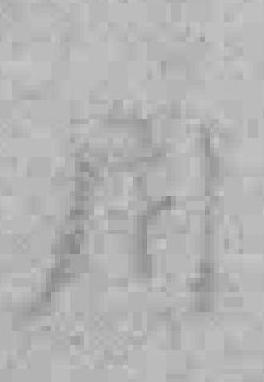
用